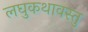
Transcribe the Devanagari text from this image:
लघुकथावस्तु